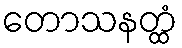
တောသနတ္ထံ